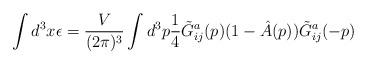
LaTeX: \begin{align*}\int d^3x \epsilon = \frac{V}{(2\pi )^3} \int d^3p\frac{1}{4}\tilde{G}^a_{ij}(p)(1 - \hat{A}(p))\tilde{G}^a_{ij}(-p)\end{align*}